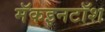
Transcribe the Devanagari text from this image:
मॅकइनटॉश